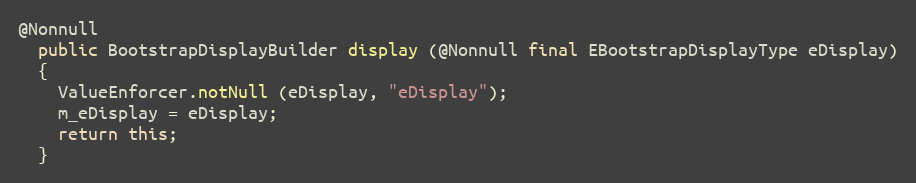
Language: Java
@Nonnull
  public BootstrapDisplayBuilder display (@Nonnull final EBootstrapDisplayType eDisplay)
  {
    ValueEnforcer.notNull (eDisplay, "eDisplay");
    m_eDisplay = eDisplay;
    return this;
  }